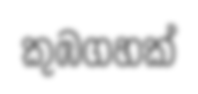
කුඹගහක්